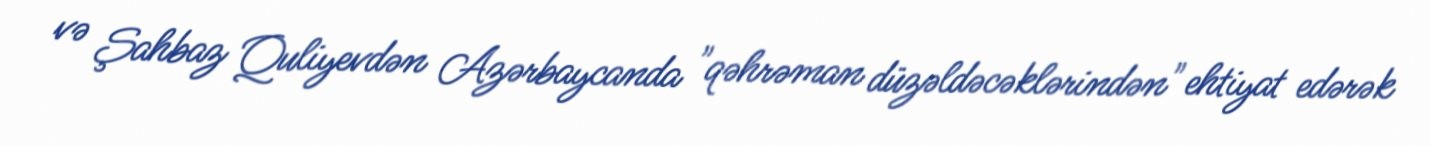
və Şahbaz Quliyevdən Azərbaycanda "qəhrəman düzəldəcəklərindən" ehtiyat edərək